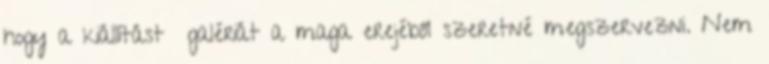
hogy a kiállítást galériát a maga erejéből szeretné megszervezni. Nem